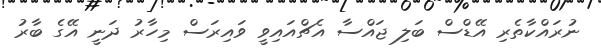
ނުރައްކާތެރި އޭޑްސް ބަލި ޖައްސާ އެޗްއައިވީ ވައިރަސް މިހާރު ދަނީ އޭގެ ބާރު